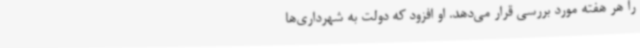
را هر هفته مورد بررسی قرار می‌دهد. او افزود که دولت به شهرداری‌ها